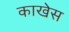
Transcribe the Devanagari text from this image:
काखेस